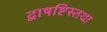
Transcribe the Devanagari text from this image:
द्वाषष्टिस्तथा